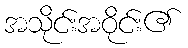
အသိုင်းအဝိုင်း၏